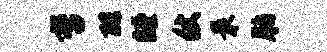
哲酷瞠仗最脂